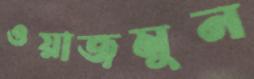
ওয়াজমুন